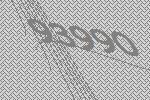
93990